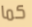
كما